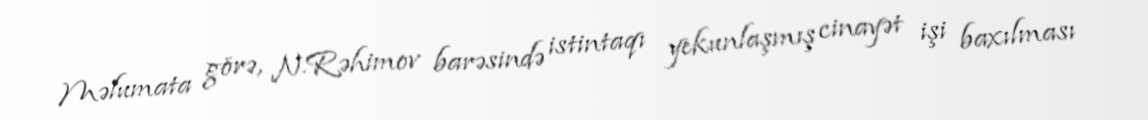
Məlumata görə, N.Rəhimov barəsində istintaqı yekunlaşmış cinayət işi baxılması